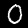
Digit: 0